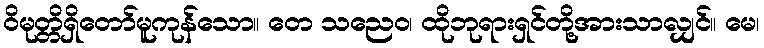
ဝိမုတ္တိရှိတော်မူကုန်သော။ တေ သညေဝ၊ ထိုဘုရားရှင်တို့အားသာလျှင်။ မေ၊